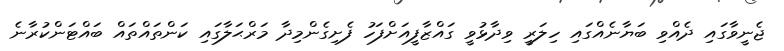
ޖެނީވާގައި ދެއްވި ބަޔާނެއްގައި ހިލަރީ ވިދާޅުވީ ގައްޒާފީއަށްފަހު ފެށިގެންމިދާ މަރްޙަލާގައި ކަންތައްތައް ބައްޓަންކުރާނެ